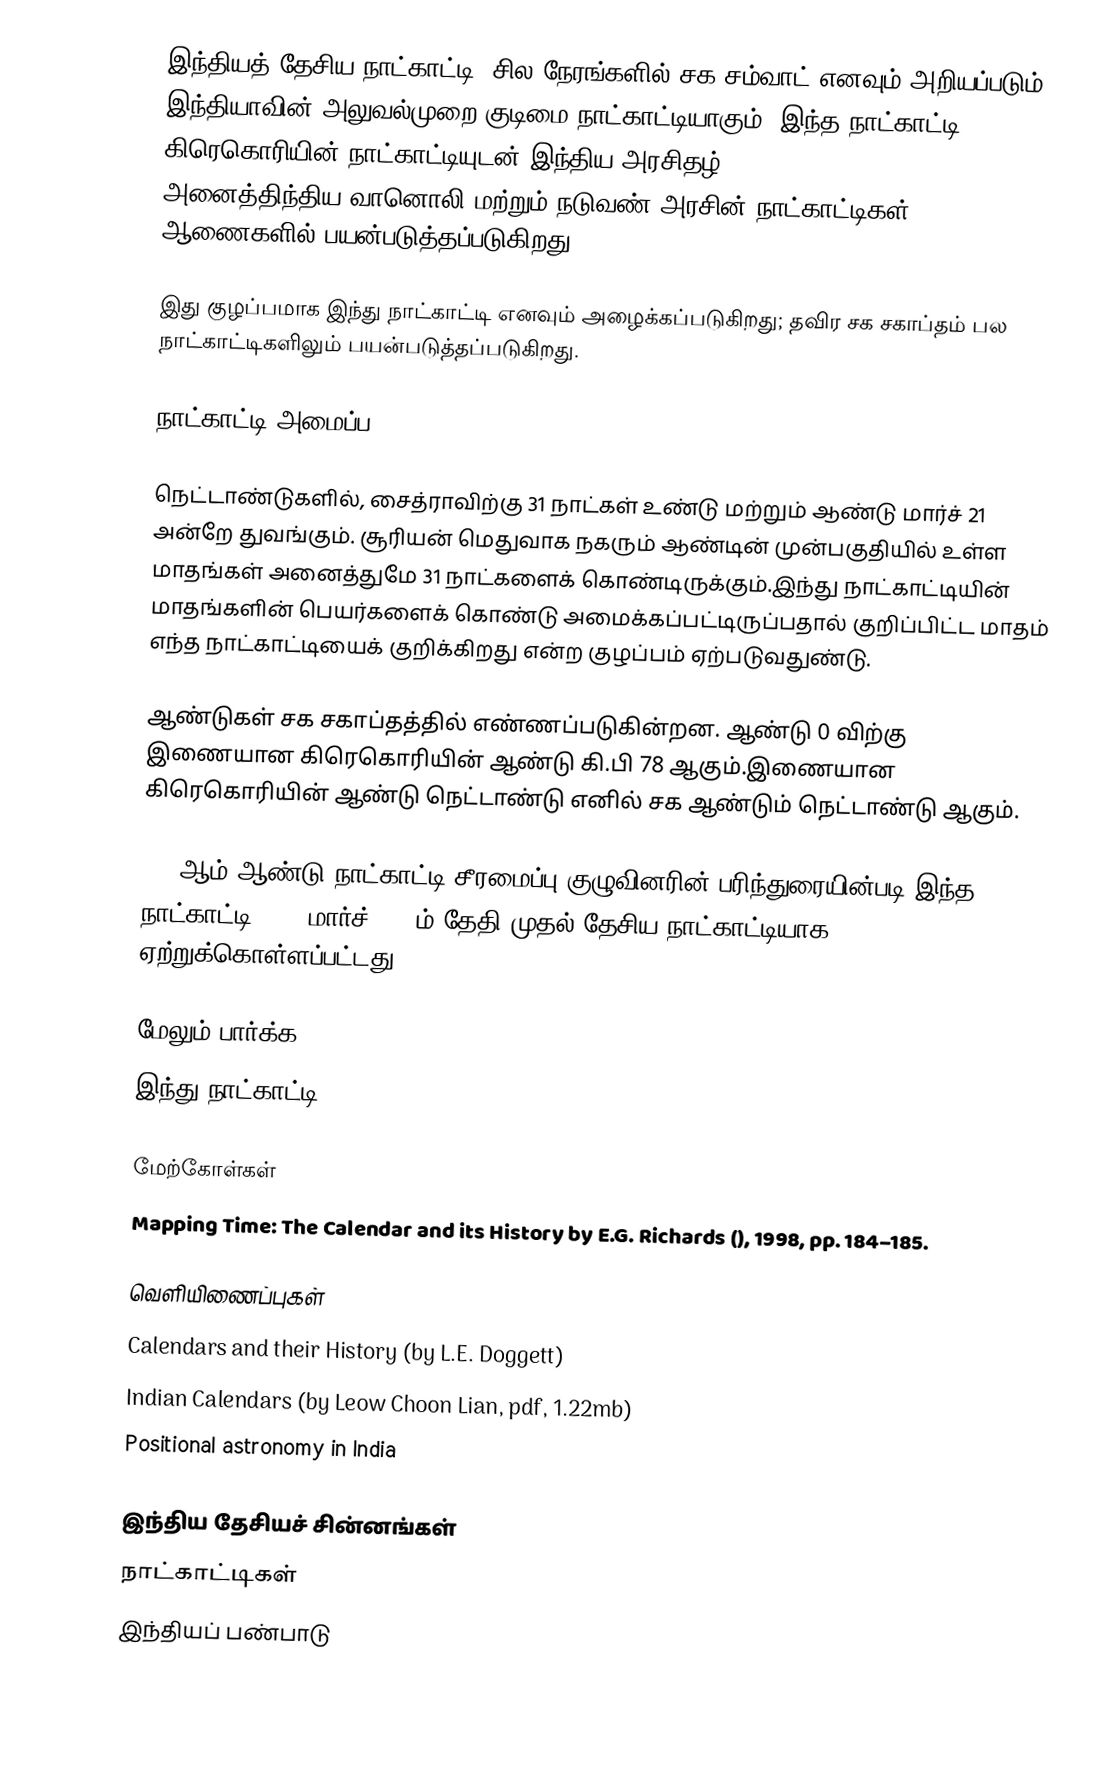
இந்தியத் தேசிய நாட்காட்டி (சில நேரங்களில் சக சம்வாட் எனவும் அறியப்படும்) இந்தியாவின் அலுவல்முறை குடிமை நாட்காட்டியாகும். இந்த நாட்காட்டி கிரெகொரியின் நாட்காட்டியுடன் இந்திய அரசிதழ் (Gazette of India), அனைத்திந்திய வானொலி,மற்றும் நடுவண் அரசின் நாட்காட்டிகள், ஆணைகளில் பயன்படுத்தப்படுகிறது.

இது குழப்பமாக இந்து நாட்காட்டி எனவும் அழைக்கப்படுகிறது; தவிர சக சகாப்தம் பல நாட்காட்டிகளிலும் பயன்படுத்தப்படுகிறது.

நாட்காட்டி அமைப்ப

நெட்டாண்டுகளில், சைத்ராவிற்கு 31 நாட்கள் உண்டு மற்றும் ஆண்டு மார்ச் 21 அன்றே துவங்கும். சூரியன் மெதுவாக நகரும் ஆண்டின் முன்பகுதியில் உள்ள மாதங்கள் அனைத்துமே 31 நாட்களைக் கொண்டிருக்கும்.இந்து நாட்காட்டியின் மாதங்களின் பெயர்களைக் கொண்டு அமைக்கப்பட்டிருப்பதால் குறிப்பிட்ட மாதம் எந்த நாட்காட்டியைக் குறிக்கிறது என்ற குழப்பம் ஏற்படுவதுண்டு.

ஆண்டுகள் சக சகாப்தத்தில் எண்ணப்படுகின்றன. ஆண்டு 0 விற்கு இணையான கிரெகொரியின் ஆண்டு கி.பி 78 ஆகும்.இணையான கிரெகொரியின் ஆண்டு நெட்டாண்டு எனில் சக ஆண்டும் நெட்டாண்டு ஆகும்.

1957ஆம் ஆண்டு நாட்காட்டி சீரமைப்பு குழுவினரின் பரிந்துரையின்படி இந்த நாட்காட்டி 1957 மார்ச், 22-ம் தேதி முதல் தேசிய நாட்காட்டியாக ஏற்றுக்கொள்ளப்பட்டது.

மேலும் பார்க்க
 இந்து நாட்காட்டி

மேற்கோள்கள்
 Mapping Time: The Calendar and its History by E.G. Richards (), 1998, pp. 184–185.

வெளியிணைப்புகள்
 Calendars and their History (by L.E. Doggett)
 Indian Calendars (by Leow Choon Lian, pdf, 1.22mb)
 Positional astronomy in India

இந்திய தேசியச் சின்னங்கள்
நாட்காட்டிகள்
இந்தியப் பண்பாடு